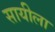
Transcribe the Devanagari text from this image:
सायीला